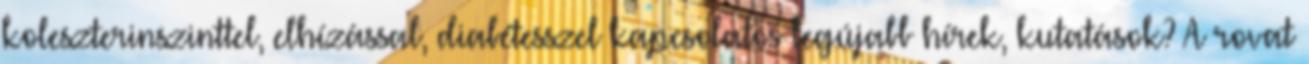
koleszterinszinttel, elhízással, diabétesszel kapcsolatos legújabb hírek, kutatások? A rovat